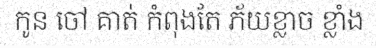
កូន ចៅ គាត់ កំពុងតែ ភ័យខ្លាច ខ្លាំង